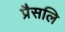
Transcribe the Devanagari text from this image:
प्रैसलि